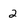
Character: 2